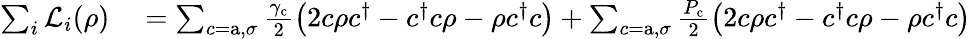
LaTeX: \begin{array}{rl}{\sum_{i}\mathcal{L}_{i}(\rho)}&{{}=\sum_{c=\mathrm{a},\sigma}\frac{\gamma_{\mathrm{c}}}{2}\left(2c\rho c^{\dagger}-c^{\dagger}c\rho-\rho c^{\dagger}c\right)+\sum_{c=\mathrm{a},\sigma}\frac{P_{\mathrm{c}}}{2}\left(2c\rho c^{\dagger}-c^{\dagger}c\rho-\rho c^{\dagger}c\right)}\end{array}